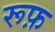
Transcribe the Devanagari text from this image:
रूफ़